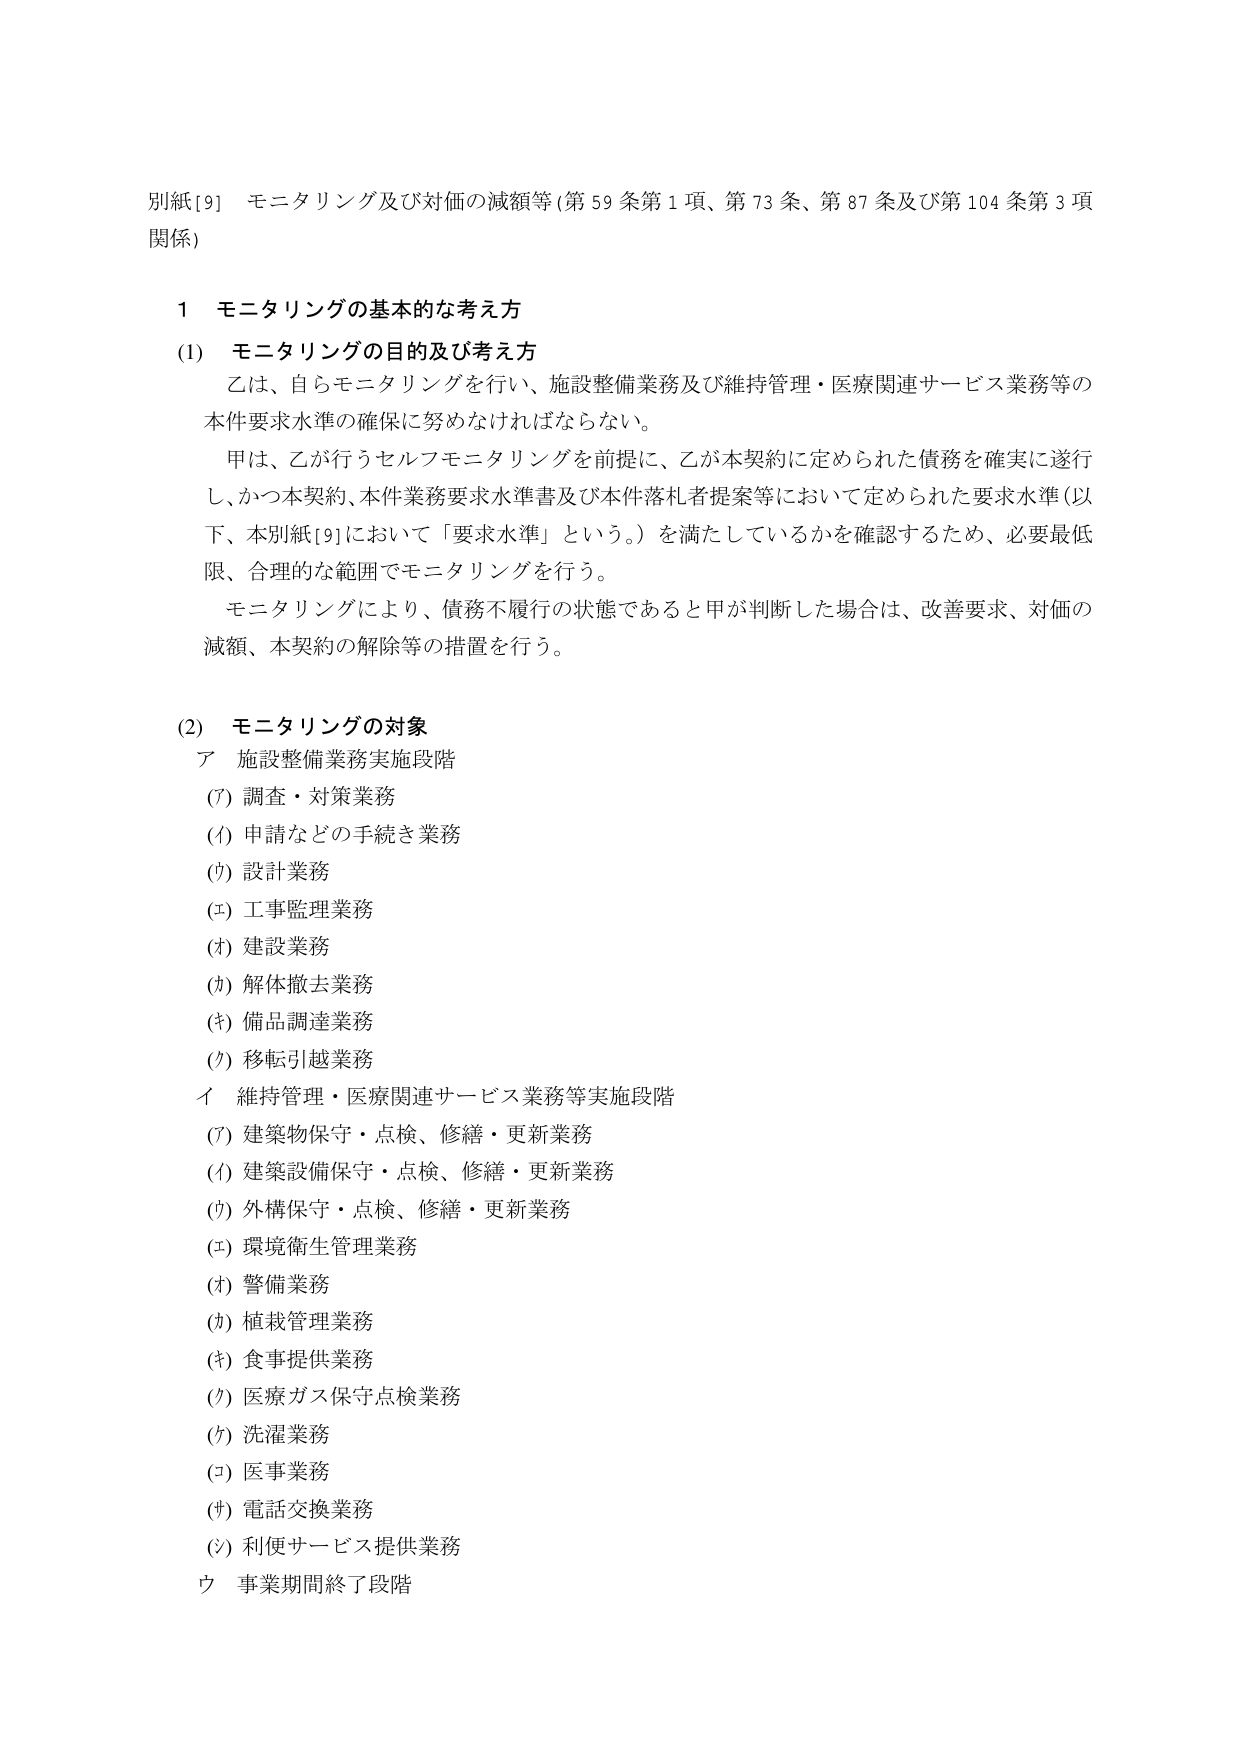
別紙[9] モニタリング及び対価の減額等（第59条第1項、第73条、第87条及び第104条第3項関係）

1 モニタリングの基本的な考え方

(1) モニタリングの目的及び考え方
乙は、自らモニタリングを行い、施設整備業務及び維持管理・医療関連サービス業務等の本件要求水準の確保に努めなければならない。
甲は、乙が行うセルフモニタリングを前提に、乙が本契約に定められた債務を確実に遂行し、かつ本契約、本件業務要求水準書及び本件落札者提案等において定められた要求水準（以下、本別紙[9]において「要求水準」という。）を満たしているかを確認するため、必要最低限、合理的な範囲でモニタリングを行う。
モニタリングにより、債務不履行の状態であると甲が判断した場合は、改善要求、対価の減額、本契約の解除等の措置を行う。

(2) モニタリングの対象
ア 施設整備業務実施段階
(ｱ) 調査・対策業務
(ｲ) 申請などの手続き業務
(ｳ) 設計業務
(ｴ) 工事監理業務
(ｵ) 建設業務
(ｶ) 解体撤去業務
(ｷ) 備品調達業務
(ｸ) 移転引越業務
イ 維持管理・医療関連サービス業務等実施段階
(ｱ) 建築物保守・点検、修繕・更新業務
(ｲ) 建築設備保守・点検、修繕・更新業務
(ｳ) 外構保守・点検、修繕・更新業務
(ｴ) 環境衛生管理業務
(ｵ) 警備業務
(ｶ) 植栽管理業務
(ｷ) 食事提供業務
(ｸ) 医療ガス保守点検業務
(ｹ) 洗濯業務
(ｺ) 医事業務
(ｻ) 電話交換業務
(ｼ) 利便サービス提供業務
ウ 事業期間終了段階